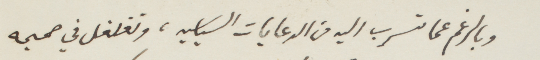
وبالرغم عما تسرب اليه من الدعايات السياسية، وتغلغل في صميمه